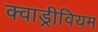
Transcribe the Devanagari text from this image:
क्वाड्रीवियम